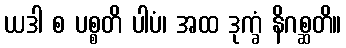
ယဒါ စ ပစ္စတိ ပါပံ၊ အထ ဒုက္ခံ နိဂစ္ဆတိ။